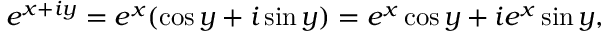
e ^ { x + i y } = e ^ { x } ( \cos y + i \sin y ) = e ^ { x } \cos y + i e ^ { x } \sin y ,